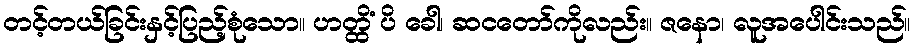
တင့်တယ်ခြင်းနှင့်ပြည့်စုံသော။ ဟတ္ထိံ ပိ ခေါ၊ ဆငတော်ကိုလည်း။ ဇနော၊ လူအပေါင်းသည်။